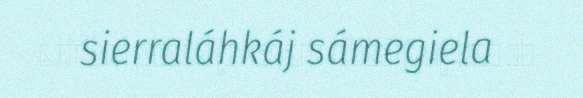
sierraláhkáj sámegiela